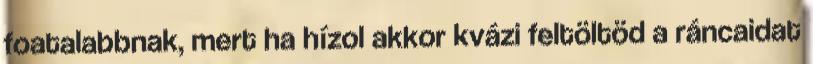
foatalabbnak, mert ha hízol akkor kvázi feltöltöd a ráncaidat